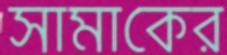
সামাকের